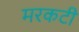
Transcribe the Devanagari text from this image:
मरकटी